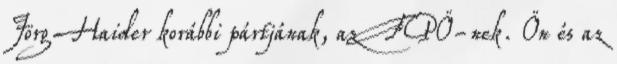
Jörg Haider korábbi pártjának, az FPÖ-nek. Ön és az